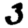
Digit: 3